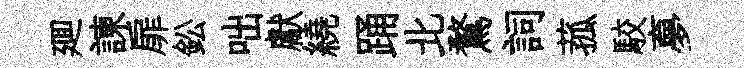
廽諫扉鈆咄獻繞踊北鶩詞菰駮夣